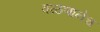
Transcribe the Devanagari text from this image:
वळणानेच